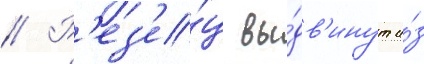
// Р'ез'е́ц вы́дв'инут и́з